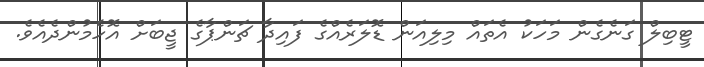
ޓީބިލް ގަނެގެން މަހަކު އެތައް މިލިއަން ޑޮލަރެއްގެ ފައިދާ ޗަންޕާގެ ޖީބަށް އޮހެމުންދެއެވެ.